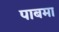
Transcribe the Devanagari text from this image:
पाबमा